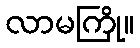
လာမကြို။